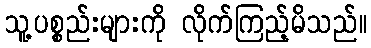
သူ့ပစ္စည်းများကို လိုက်ကြည့်မိသည်။